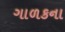
ગાળકના